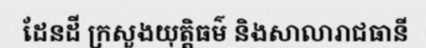
ដែនដី ក្រសួងយុត្តិធម៌ និងសាលារាជធានី